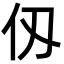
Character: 仭